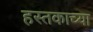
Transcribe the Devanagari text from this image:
हस्तकाच्या